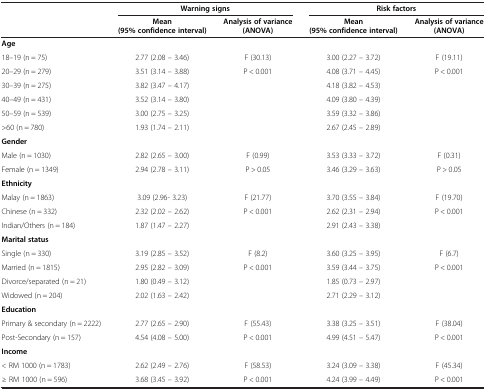
<table><thead><tr><td>[EMPTY_CELL]</td><td colspan="2"><b>Warning signs</b></td><td colspan="2"><b>Risk factors</b></td></tr><tr><td>[EMPTY_CELL]</td><td><b>Mean (95% confidence interval)</b></td><td><b>Analysis of variance (ANOVA)</b></td><td><b>Mean (95% confidence interval)</b></td><td><b>Analysis of variance (ANOVA)</b></td></tr></thead><tbody><tr><td><b>Age</b></td><td>[EMPTY_CELL]</td><td>[EMPTY_CELL]</td><td>[EMPTY_CELL]</td><td>[EMPTY_CELL]</td></tr><tr><td>18–19 (n = 75)</td><td>2.77 (2.08 – 3.46)</td><td>F (30.13)</td><td>3.00 (2.27 – 3.72)</td><td>F (19.11)</td></tr><tr><td>20–29 (n = 279)</td><td>3.51 (3.14 – 3.88)</td><td>P &lt; 0.001</td><td>4.08 (3.71 – 4.45)</td><td>P &lt; 0.001</td></tr><tr><td>30–39 (n = 275)</td><td>3.82 (3.47 – 4.17)</td><td>[EMPTY_CELL]</td><td>4.18 (3.82 – 4.53)</td><td>[EMPTY_CELL]</td></tr><tr><td>40–49 (n = 431)</td><td>3.52 (3.14 – 3.80)</td><td>[EMPTY_CELL]</td><td>4.09 (3.80 – 4.39)</td><td>[EMPTY_CELL]</td></tr><tr><td>50–59 (n = 539)</td><td>3.00 (2.75 – 3.25)</td><td>[EMPTY_CELL]</td><td>3.59 (3.32 – 3.86)</td><td>[EMPTY_CELL]</td></tr><tr><td>&gt;60 (n = 780)</td><td>1.93 (1.74 – 2.11)</td><td>[EMPTY_CELL]</td><td>2.67 (2.45 – 2.89)</td><td>[EMPTY_CELL]</td></tr><tr><td><b>Gender</b></td><td>[EMPTY_CELL]</td><td>[EMPTY_CELL]</td><td>[EMPTY_CELL]</td><td>[EMPTY_CELL]</td></tr><tr><td>Male (n = 1030)</td><td>2.82 (2.65 – 3.00)</td><td>F (0.99)</td><td>3.53 (3.33 – 3.72)</td><td>F (0.31)</td></tr><tr><td>Female (n = 1349)</td><td>2.94 (2.78 – 3.11)</td><td>P &gt; 0.05</td><td>3.46 (3.29 – 3.63)</td><td>P &gt; 0.05</td></tr><tr><td><b>Ethnicity</b></td><td>[EMPTY_CELL]</td><td>[EMPTY_CELL]</td><td>[EMPTY_CELL]</td><td>[EMPTY_CELL]</td></tr><tr><td>Malay (n = 1863)</td><td>3.09 (2.96- 3.23)</td><td>F (21.77)</td><td>3.70 (3.55 – 3.84)</td><td>F (19.70)</td></tr><tr><td>Chinese (n = 332)</td><td>2.32 (2.02 – 2.62)</td><td>P &lt; 0.001</td><td>2.62 (2.31 – 2.94)</td><td>P &lt; 0.001</td></tr><tr><td>Indian/Others (n = 184)</td><td>1.87 (1.47 – 2.27)</td><td>[EMPTY_CELL]</td><td>2.91 (2.43 – 3.38)</td><td>[EMPTY_CELL]</td></tr><tr><td><b>Marital status</b></td><td>[EMPTY_CELL]</td><td>[EMPTY_CELL]</td><td>[EMPTY_CELL]</td><td>[EMPTY_CELL]</td></tr><tr><td>Single (n = 330)</td><td>3.19 (2.85 – 3.52)</td><td>F (8.2)</td><td>3.60 (3.25 – 3.95)</td><td>F (6.7)</td></tr><tr><td>Married (n = 1815)</td><td>2.95 (2.82 – 3.09)</td><td>P &lt; 0.001</td><td>3.59 (3.44 – 3.75)</td><td>P &lt; 0.001</td></tr><tr><td>Divorce/separated (n = 21)</td><td>1.80 (0.49 – 3.12)</td><td>[EMPTY_CELL]</td><td>1.85 (0.73 – 2.97)</td><td>[EMPTY_CELL]</td></tr><tr><td>Widowed (n = 204)</td><td>2.02 (1.63 – 2.42)</td><td>[EMPTY_CELL]</td><td>2.71 (2.29 – 3.12)</td><td>[EMPTY_CELL]</td></tr><tr><td><b>Education</b></td><td>[EMPTY_CELL]</td><td>[EMPTY_CELL]</td><td>[EMPTY_CELL]</td><td>[EMPTY_CELL]</td></tr><tr><td>Primary &amp; secondary (n = 2222)</td><td>2.77 (2.65 – 2.90)</td><td>F (55.43)</td><td>3.38 (3.25 – 3.51)</td><td>F (38.04)</td></tr><tr><td>Post-Secondary (n = 157)</td><td>4.54 (4.08 – 5.00)</td><td>P &lt; 0.001</td><td>4.99 (4.51 – 5.47)</td><td>P &lt; 0.001</td></tr><tr><td><b>Income</b></td><td>[EMPTY_CELL]</td><td>[EMPTY_CELL]</td><td>[EMPTY_CELL]</td><td>[EMPTY_CELL]</td></tr><tr><td>&lt; RM 1000 (n = 1783)</td><td>2.62 (2.49 – 2.76)</td><td>F (58.53)</td><td>3.24 (3.09 – 3.38)</td><td>F (45.34)</td></tr><tr><td>≥ RM 1000 (n = 596)</td><td>3.68 (3.45 – 3.92)</td><td>P &lt; 0.001</td><td>4.24 (3.99 – 4.49)</td><td>P &lt; 0.001</td></tr></tbody></table>